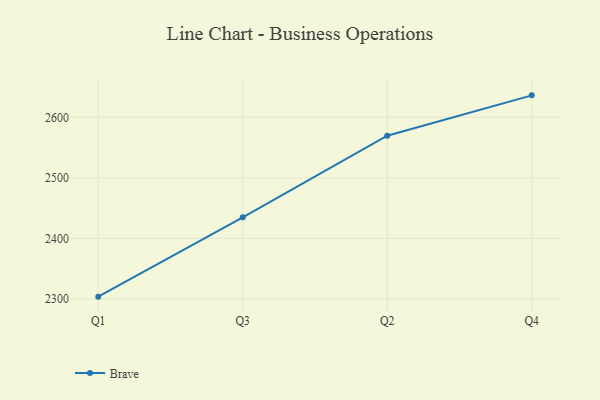
{"axis": {"x": "Quarter", "y": "LTV (USD)"}, "legend": ["Brave"], "data": [{"x": "Q1", "y": 2303.6, "type": "Brave"}, {"x": "Q3", "y": 2434.7, "type": "Brave"}, {"x": "Q2", "y": 2569.6, "type": "Brave"}, {"x": "Q4", "y": 2636.3, "type": "Brave"}]}